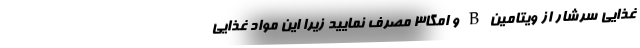
غذایی سرشار از ویتامین B و اُمگا3 مصرف نمایید زیرا این مواد غذایی